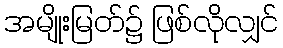
အမျိုးမြတ်၌ ဖြစ်လိုလျှင်